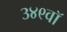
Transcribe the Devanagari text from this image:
३४९वॉ